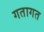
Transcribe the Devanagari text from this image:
गतागत